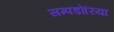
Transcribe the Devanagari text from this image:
सम्पडोरिया